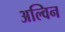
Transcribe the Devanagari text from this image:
अल्विन